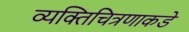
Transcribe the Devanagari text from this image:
व्यक्तिचित्रणाकडे